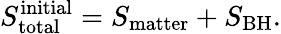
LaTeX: S_{\mathrm{total}}^{\mathrm{initial}}=S_{\mathrm{matter}}+S_{\mathrm{BH}}.